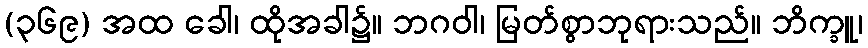
(၃၆၉) အထ ခေါ၊ ထိုအခါ၌။ ဘဂဝါ၊ မြတ်စွာဘုရားသည်။ ဘိက္ခူ၊